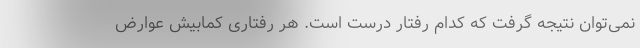
نمی‌توان نتیجه گرفت که کدام رفتار درست است. هر رفتاری کمابیش عوارض